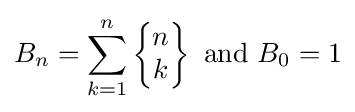
B_{n}=\sum _{k=1}^{n}\left\{{\begin{matrix}n\\k\end{matrix}}\right\}{\mbox{ and }}B_{0}=1